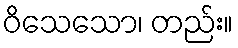
ဝိသေသော၊ တည်း။